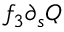
f _ { 3 } \partial _ { s } Q